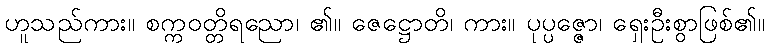
ဟူသည်ကား။ စက္ကဝတ္တိရညော၊ ၏။ ဇေဋ္ဌောတိ၊ ကား။ ပုပ္ပဇ္ဇော၊ ရှေးဦးစွာဖြစ်၏။